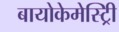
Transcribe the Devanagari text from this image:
बायोकेमेस्ट्रिी